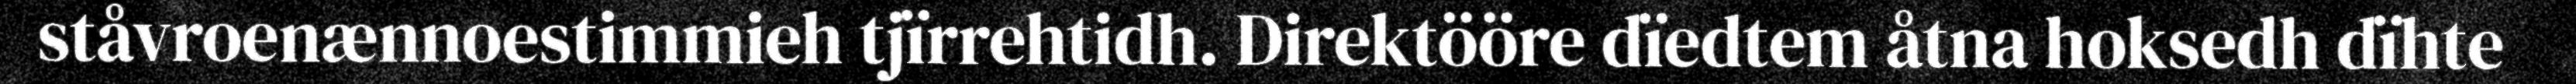
ståvroenænnoestimmieh tjïrrehtidh. Direktööre dïedtem åtna hoksedh dïhte